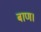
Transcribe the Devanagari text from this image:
बाण।